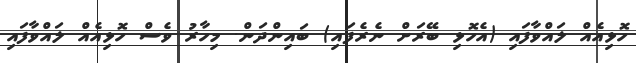
ހޮޅިއެއް ލައްވާފައި (އެހޮޅި ބޭރަށް ނެރެފައި) ބައިންދަން. މިހާރު ވެސް ހޮޅިއެއް ލައްވާފައި